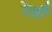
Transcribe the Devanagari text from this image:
रेल्ली